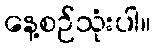
နေ့စဉ်သုံးပါ။